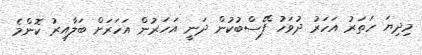
މިދިޔަ ހަތަރު އަހަރު ދުވަހު ފޭސްބުކުން ދަނީ އަހަރުން އަހަރަށް ބަލާއިރު ކޮންމެ